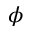
\phi